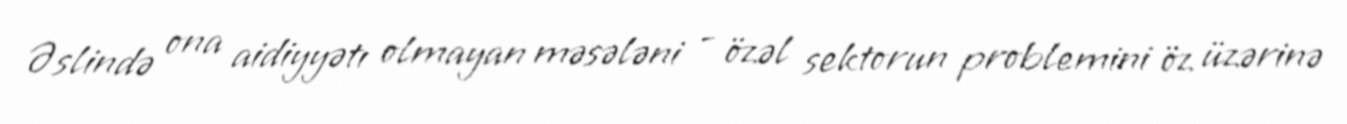
Əslində ona aidiyyətı olmayan məsələni - özəl sektorun problemini öz üzərinə